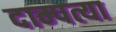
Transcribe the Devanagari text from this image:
दाम्पत्या